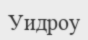
Уидроу